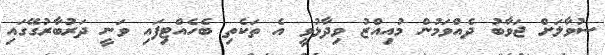
ސުވާލަށް ޖަވާބު ދެއްވަމުން މުއިއްޒު ވިދާޅުވީ އެ ތަކެތި ބެހެއްޓިފައި ވަނީ ދަރުބާރުގޭގައި